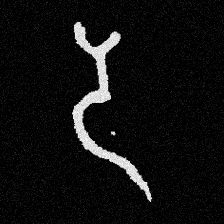
Pyu character \u2014 Myanmar letter: ဒ (romanized: da)